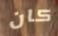
كان